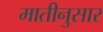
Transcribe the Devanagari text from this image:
मातीनुसार